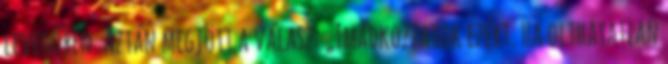
levegőben. Aztán megjött a válasz: „Imádkozzatok ezért. Ha olthatatlan